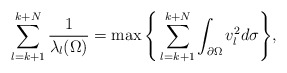
\begin{align*}\sum_{l=k+1}^{k+N}\frac{1}{\lambda_l(\Omega)}=\max\Bigg\{\sum_{l=k+1}^{k+N}\int_{\partial\Omega}v_l^2d\sigma\Bigg\},\end{align*}